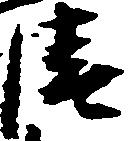
清